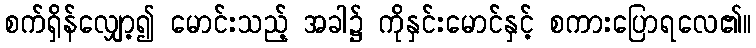
စက်ရှိန်လျှော့၍ မောင်းသည့် အခါ၌ ကိုနှင်းမောင်နှင့် စကားပြောရလေ၏။